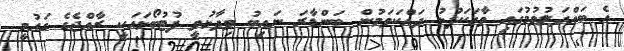
އެ ބައްދަލުވުމުގައި ވާހަކަފުޅު ދައްކަވަމުން ބަންޑާރަ ނައިބު ވިދާޅުވީ ފުޓުބޯޅައަކީ ރާއްޖެގެ ގައުމީ